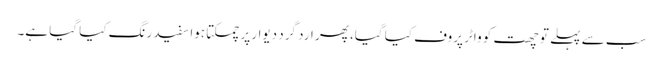
سب سے پہلے تو چھت کو واٹر پروف کیا گیا، پھر ارد گرد دیوار پر چمکتا ہوا سفید رنگ کیا گیا ہے۔